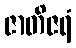
ဇာတိဇရံ